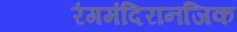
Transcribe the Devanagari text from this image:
रंगमंदिरानजिक